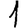
Digit: 1